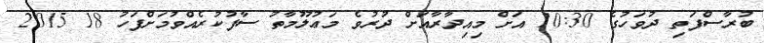
ބުރާސްފަތި ދުވަހުގެ 10:30 އަށް މިއިދާރާއަށް ދުރުވެ މަޢުލޫމާތު ސާފުކުރެއްވުމަށްފަހު 18 2015